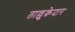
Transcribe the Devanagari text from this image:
ताल्लुक़ेदार